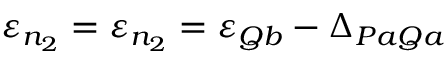
\varepsilon _ { n _ { 2 } } = \varepsilon _ { n _ { 2 } } = \varepsilon _ { Q b } - \Delta _ { P a Q a }